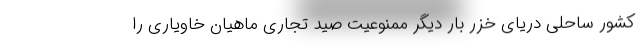
کشور ساحلی دریای خزر بار دیگر ممنوعیت صید تجاری ماهیان خاویاری را